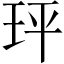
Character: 玶